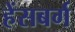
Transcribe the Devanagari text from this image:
हेंसबर्ग